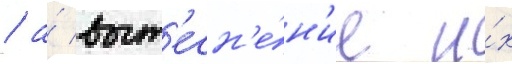
/ а́ выт'есн'е́н'ие и́х